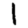
Digit: 1